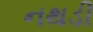
નથડી